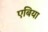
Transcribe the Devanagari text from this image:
एबिया